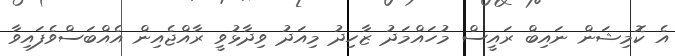
އެ ކޮމިޝަން ނައިބް ރައީސް މުހައްމަދު ޒާހިދު މިއަދު ވިދާޅުވީ ރާއްޖެއިން އެއްބަސްވެފައިވާ